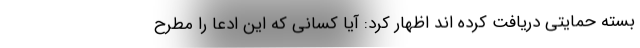
بسته حمایتی دریافت کرده اند اظهار کرد: آیا کسانی که این ادعا را مطرح